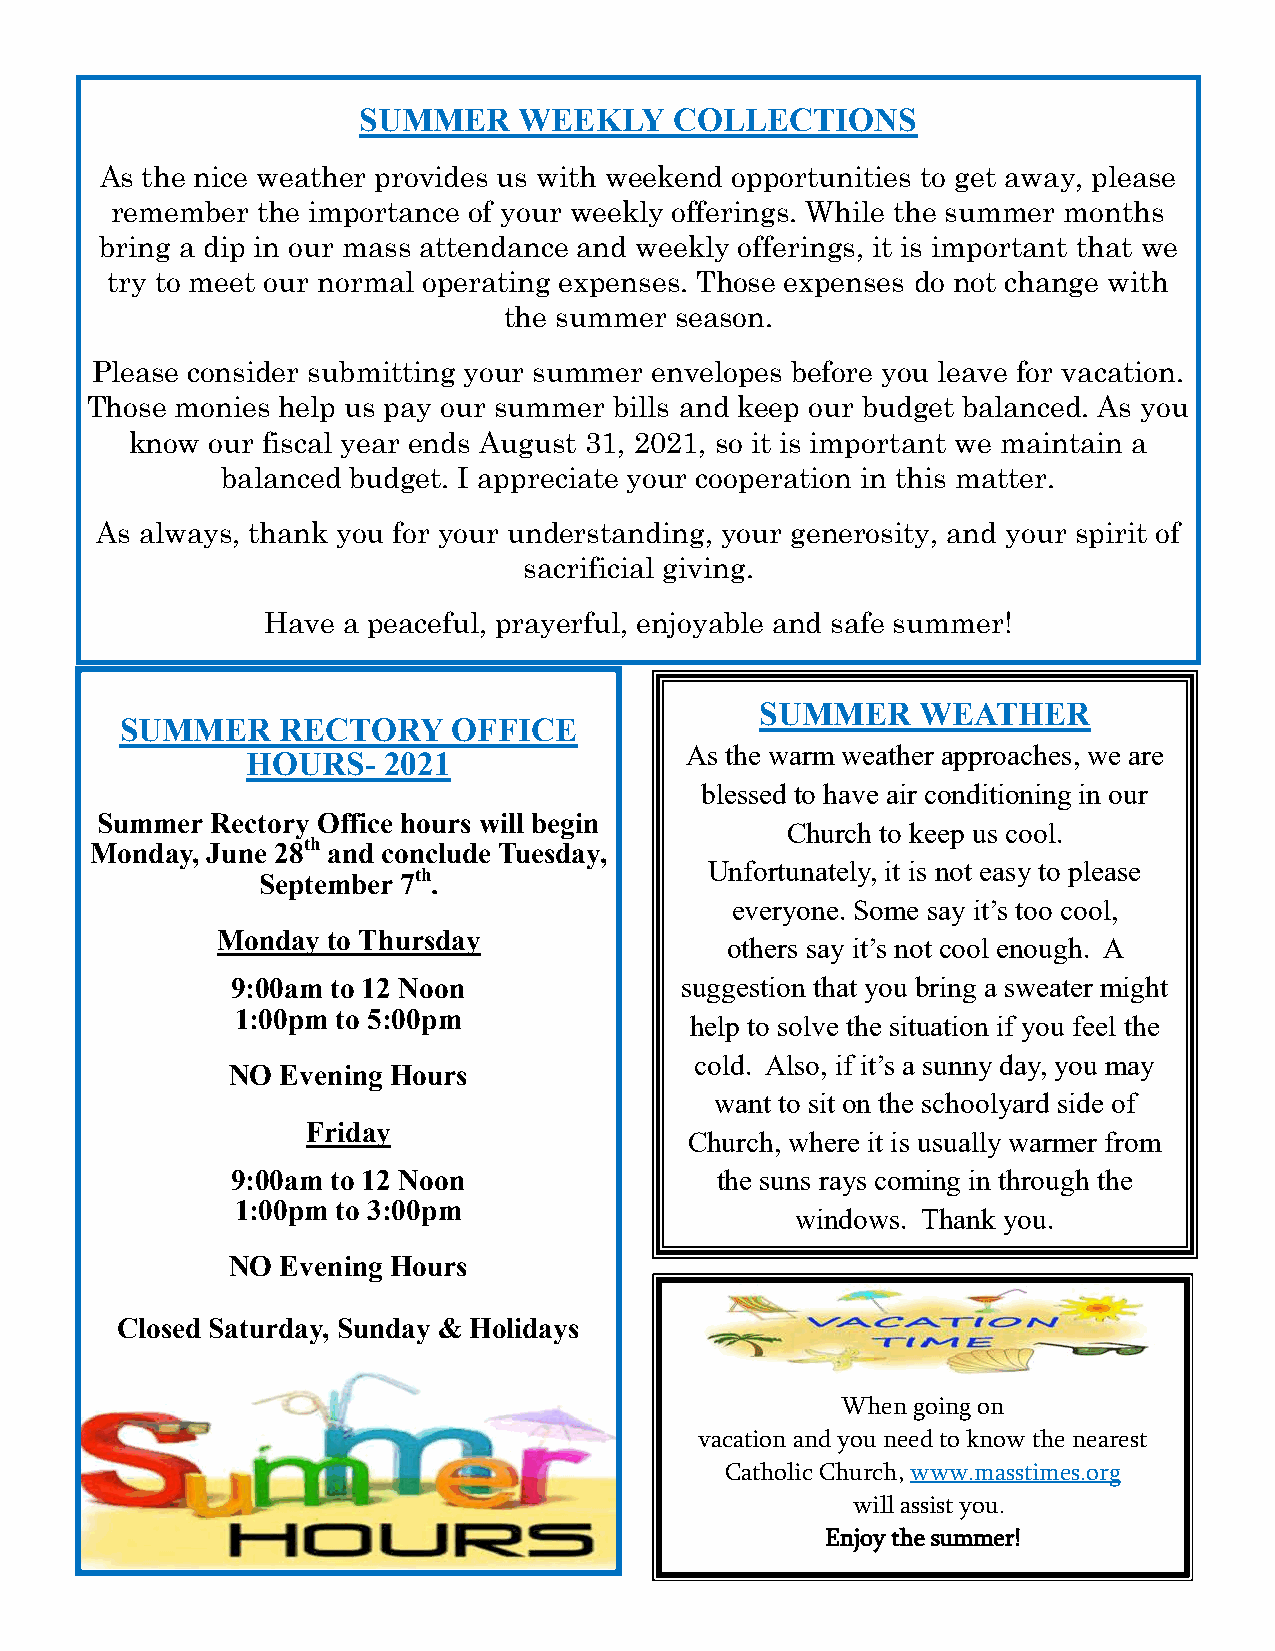
SUMMER    WEEKLY     COLLECTIONS
 As the nice weather provides us with weekend opportunities to get away, please
 remember  the importance of your weekly offerings. While the summer months
 bring a dip in our mass attendance and weekly offerings, it is important that we
 try to meet our normal operating expenses. Those expenses do not change with
 the summer  season.
 Please consider submitting your summer envelopes before you leave for vacation.
 Those monies help us pay our summer bills and keep our budget balanced. As you
 know our fiscal year ends August 31, 2021, so it is important we maintain a
 balanced budget. I appreciate your cooperation in this matter.
 As always, thank you for your understanding, your generosity, and your spirit of
 sacrificial giving.
 Have  a peaceful, prayerful, enjoyable and safe summer!
 SUMMER     WEATHER
 SUMMER     RECTORY    OFFICE
 As the warm weather approaches, we are
 HOURS-   2021
 blessed to have air conditioning in our
 Summer  Rectory Office hours will begin
 Church to keep us cool.
 Monday, June 28th and conclude Tuesday,
 Unfortunately, it is not easy to please
 September 7th.
 everyone. Some say it’s too cool,
 Monday  to Thursday
 others say it’s not cool enough. A
 9:00am to 12 Noon             suggestion that you bring a sweater might
 1:00pm to 5:00pm
 help to solve the situation if you feel the
 cold. Also, if it’s a sunny day, you may
 NO  Evening Hours
 want to sit on the schoolyard side of
 Friday
 Church, where it is usually warmer from
 9:00am to 12 Noon               the suns rays coming in through the
 1:00pm to 3:00pm
 windows. Thank you.
 NO  Evening Hours
 Closed Saturday, Sunday & Holidays
 When going on
 vacation and you need to know the nearest
 Catholic Church, www.masstimes.org
 will assist you.
 Enjoy the summer!